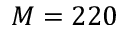
M = 2 2 0